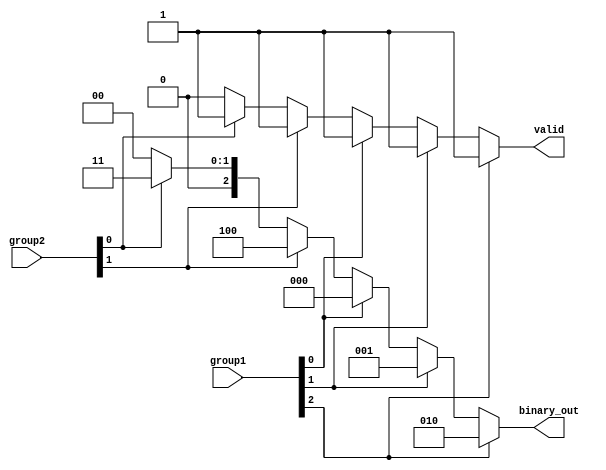
module dual_priority_encoder (
    input wire [2:0] group1, // Group 1 inputs (I0, I1, I2)
    input wire [1:0] group2, // Group 2 inputs (I3, I4)
    output reg [2:0] binary_out, // Binary output
    output reg valid // Valid output
);

    always @(*) begin
        // Initialize outputs
        binary_out = 3'b000; 
        valid = 1'b0;

        // Check Group 1 first (Higher Priority)
        if (group1[2]) begin
            binary_out = 3'b010; // I2 active
            valid = 1'b1;
        end else if (group1[1]) begin
            binary_out = 3'b001; // I1 active
            valid = 1'b1;
        end else if (group1[0]) begin
            binary_out = 3'b000; // I0 active
            valid = 1'b1;
        end
        // If no active input in Group 1, check Group 2
        else if (group2[1]) begin
            binary_out = 3'b100; // I4 active
            valid = 1'b1;
        end else if (group2[0]) begin
            binary_out = 3'b011; // I3 active
            valid = 1'b1;
        end
        // If no valid input, outputs remain at initialization
    end
endmodule